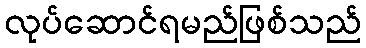
လုပ်ဆောင်ရမည်ဖြစ်သည်